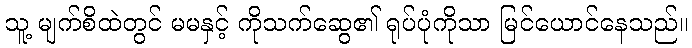
သူ့ မျက်စိထဲတွင် မမနှင့် ကိုသက်ဆွေ၏ ရုပ်ပုံကိုသာ မြင်ယောင်နေသည်။